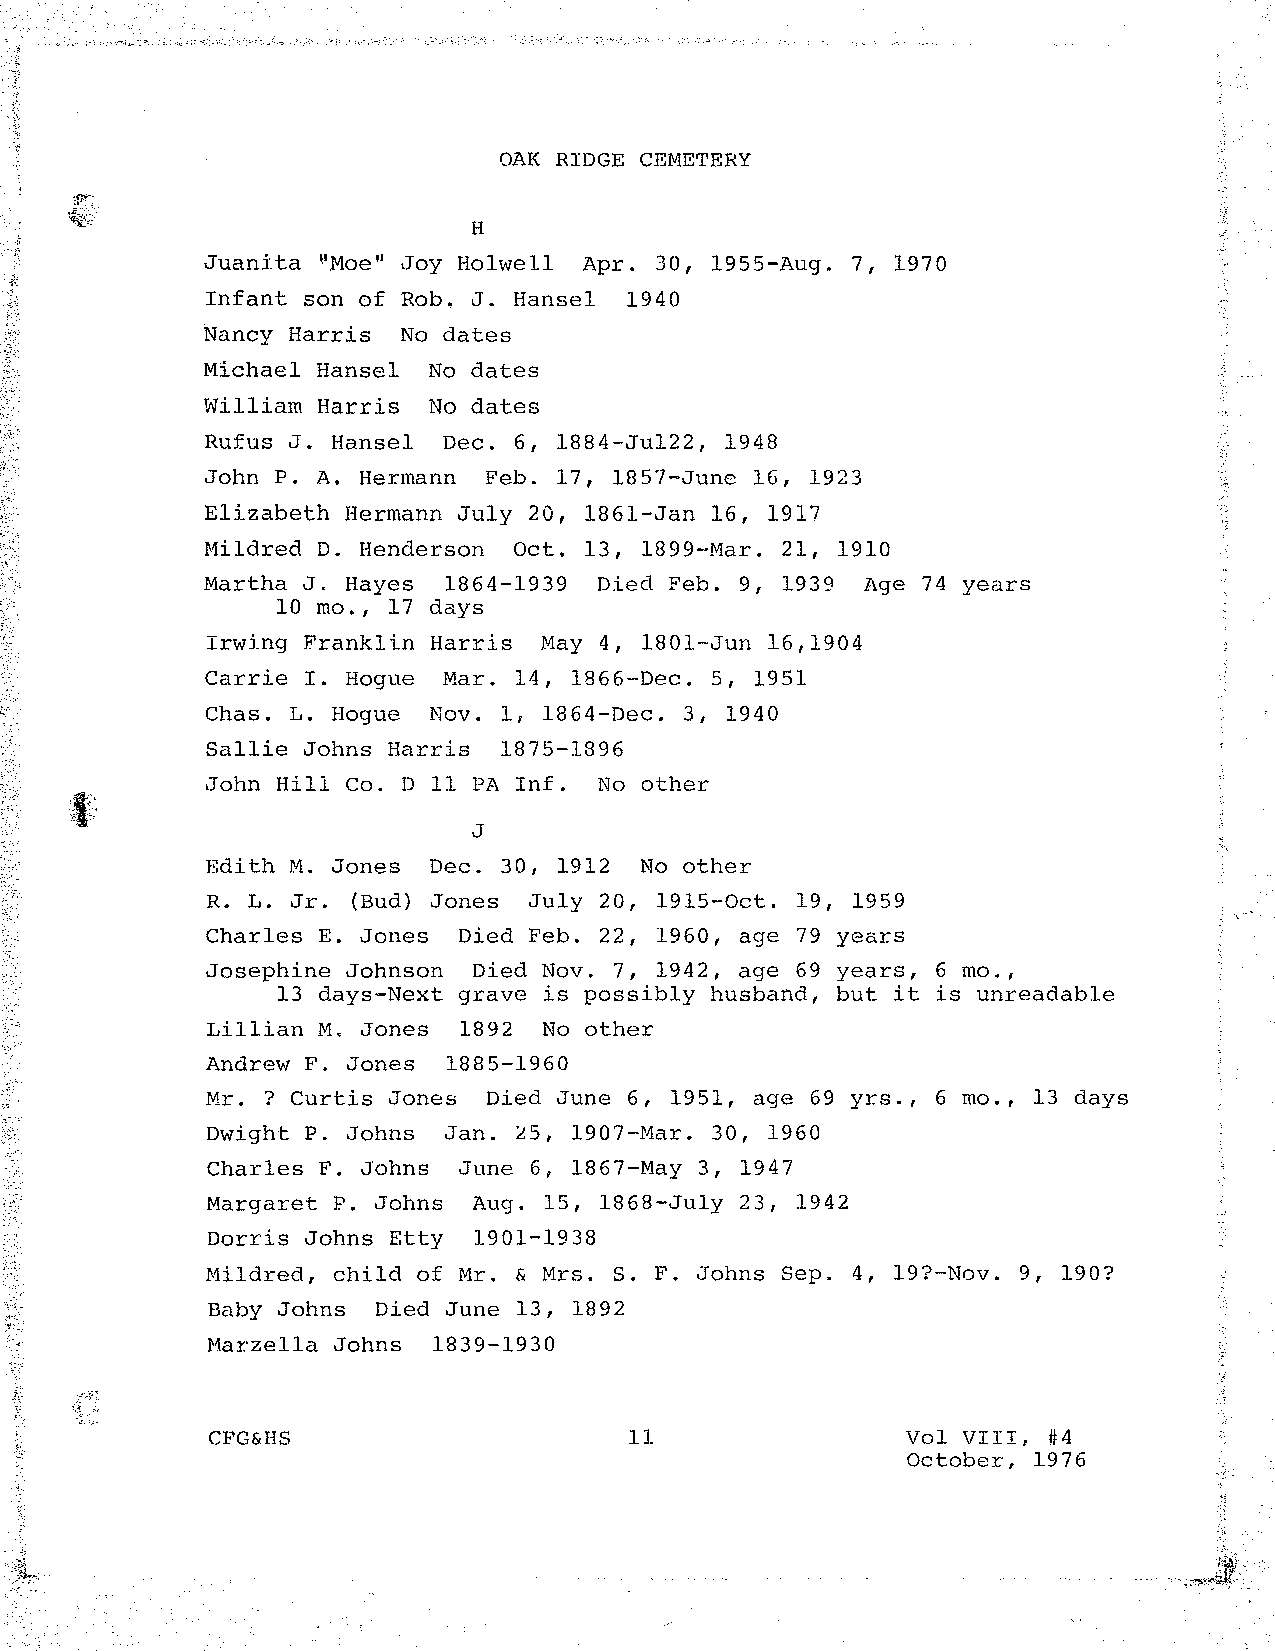
OAK RIDGE CEMETERY
 H
 Juanita "Moe" Joy Holwell Apr. 30, 1955-Aug. 7, 1970
 Infant son of Rob. J. Hansel 1940
 Nancy Harris No dates
 Michael Hansel No dates
 William Harris No dates
 Rufus J. Hansel Dec. 6, 1884-Jul22, 1948
 John P. A. Hermann Feb. 17, 1857-June 16, 1923
 Elizabeth Hermann July 20, 1861-Jan 16, 1917
 Mildred D. Henderson Oct. 13, 1899-Mar. 21, 1910
 Martha J. Hayes 1864-1939 Died Feb. 9, 1939 Age 74 years
 10 mo., 17 days
 Irwing Franklin Harris May 4, 1801-Jun 16,1904
 Carrie I. Hogue Mar. 14, 1866-Dec. 5, 1951
 Chas. L. Hogue Nov. 1, 1864-Dec. 3, 1940
 Sallie Johns Harris 1875-1896
 John Hill Co. D 11 PA Inf. No other
 J
 Edith M. Jones Dec. 30, 1912 No other
 R. L. Jr. (Bud) Jones July 20, 1915-0ct. 19, 1959
 Charles E. Jones Died Feb. 22, 1960, age 79 years
 Josephine Johnson Died Nov. 7, 1942, age 69 years, 6 mo.,
 13 days-Next grave is possibly husband, but it is unreadable
 Lillian M. Jones 1892 No other
 Andrew F. Jones 1885-1960
 Mr. ? Curtis Jones Died June 6, 1951, age 69 yrs., 6 mo., 13 days
 Dwight P. Johns Jan.    1907-Mar. 30, 1960
 ~5,
 Charles F. Johns June 6, 1867-May 3, 1947
 Margaret P. Johns Aug. 15, 1868-July 23, 1942
 Dorris Johns Etty 1901-1938
 Mildred, child of Mr. & Mrs. s. F. Johns Sep. 4, 19?-Nov. 9, 190?
 Baby Johns Died June 13, 1892
 Marzella Johns 1839-1930
 CFG&HS                      11                Vol VIII, #4
 October, 1976